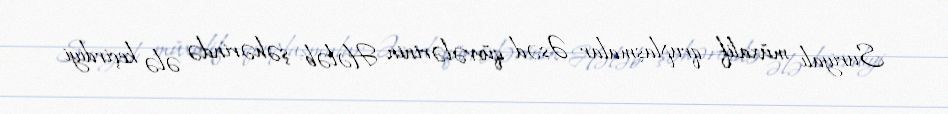
Suriyalı müxalif qruplaşmalar Əsəd qüvvələrinin Hələb şəhərində ələ keçirdiyi